Vaccination Hyderabad 1872-1889 - 1872-1889
Year: 1872
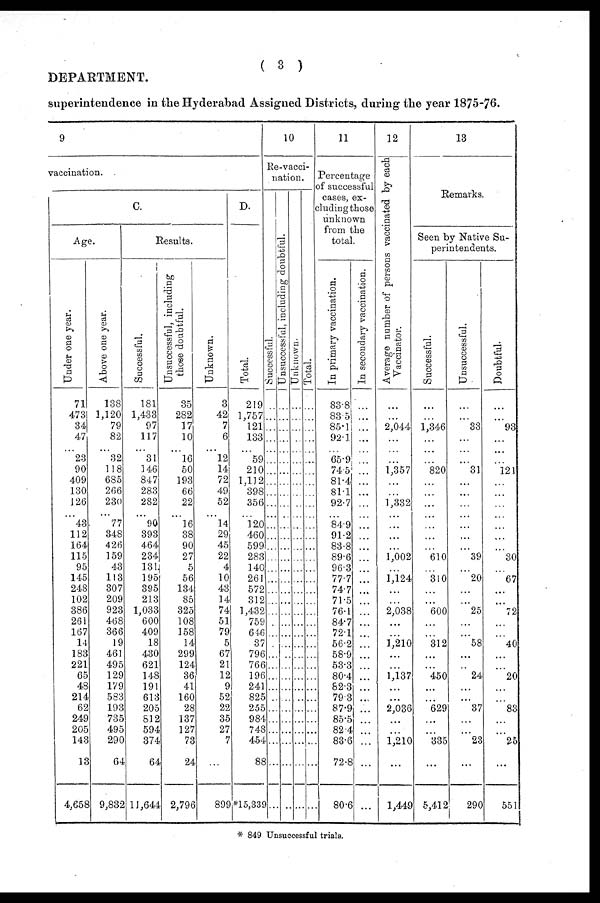
( 3 )
DEPARTMENT.
superintendence in the Hyderabad Assigned Districts, during the year 1875-76.
9
vaccination.
C.
Age.
Under one year.
71
473
34
47
...
23
90
409
130
126
...
43
112
164
115
95
145
248
102
386
261
167
14
183
221
65
48
214
62
249
205
143
13
4,658
Above one year.
138
1,120
79
82
...
32
118
685
266
230
...
77
348
426
159
43
113
307
209
923
468
366
19
461
495
129
179
583
193
735
495
290
64
9,832
Results.
Successful.
181
1,433
97
117
...
31
146
847
283
282
...
90
393
464
234
131
195
395
213
1,033
600
409
18
430
621
148
191
613
205
812
594
374
64
11,644
Unsuccessful, including
those doubtful.
35
282
17
10
...
16
50
193
66
22
...
16
38
90
27
5
56
134
85
325
108
158
14
299
124
36
41
160
28
137
127
73
24
2,796
Unknown.
3
42
7
6
...
12
14
72
49
52
...
14
29
45
22
4
10
43
14
74
51
79
5
67
21
12
9
52
22
35
27
7
...
899
D.
Total.
219
1,757
121
133
...
59
210
1,112
398
356
...
120
460
599
283
140
261
572
312
1,432
759
646
37
796
766
196
241
825
255
984
748
454
88
*15,339
10
Re-vacci-
nation.
Successful.
...
...
...
...
...
...
...
...
...
...
...
...
...
...
...
...
...
...
...
...
...
...
...
...
...
...
...
...
...
...
...
...
...
...
Unsuccessful, including doubtful.
...
...
...
...
...
...
...
...
...
...
...
...
...
...
...
...
...
...
...
...
...
...
...
...
...
...
...
...
...
...
...
...
...
...
Unknown.
...
...
...
...
...
...
...
...
...
...
...
...
...
...
...
...
...
...
...
...
...
...
...
...
...
...
...
...
...
...
...
...
...
...
Total.
...
...
...
...
...
...
...
...
...
...
...
...
...
...
...
...
...
...
...
...
...
...
...
...
...
...
...
...
...
...
...
...
...
...
11
Percentage
of successful
cases, ex-
cluding those
unknown
from the
total.
In primary vaccination.
83.8
83.5
85.1
92.1
...
65.9
74.5
81.4
81.1
92.7
...
84.9
91.2
83.8
89.6
96.3
77.7
74.7
71.5
76.1
84.7
72.1
56.2
58.9
53.3
80.4
82.3
79.3
87.9
85.5
82.4
83.6
72.8
80.6
In secondary vaccination.
...
...
...
...
...
...
...
...
...
...
...
...
...
...
...
...
...
...
...
...
...
...
...
...
...
...
...
...
...
...
...
...
...
...
12
Average number of persons vaccinated by each
Vaccinator.
...
...
2,044
...
...
...
1,357
...
...
1,332
...
...
...
...
1,002
...
1,124
...
...
2,038
...
...
1,210
...
...
1,137
...
...
2,036
...
...
1,210
...
1,448
13
Remarks.
Seen by Native Su-
perintendents.
Successful.
...
...
1,346
...
...
...
820
...
...
...
...
...
...
...
610
...
310
...
...
600
...
...
312
...
...
450
...
...
629
...
...
335
...
5,412
Unsuccessful.
...
...
33
...
...
...
31
...
...
...
...
...
...
...
39
...
20
...
...
25
...
...
58
...
...
24
...
...
37
...
...
23
...
290
Doubtful.
...
...
93
...
...
...
121
...
...
...
...
...
...
...
30
...
67
...
...
72
...
...
40
...
...
20
...
...
83
...
...
25
...
551
* 849 Unsuccessful trials.